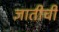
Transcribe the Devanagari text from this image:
ज्ञातीची